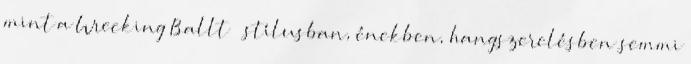
mint a Wrecking Ballt – stílusban, énekben, hangszerelésben semmi